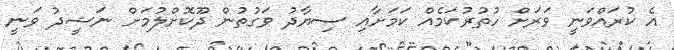
އެ ކުރައްވަނީ ވަރަށް ހުތުރުކަމެއް ކަމަށާއި ސިޔާދު ވަގުތުން ދޫކޮށްލުމަށް ނަޝީދު ވަނީ